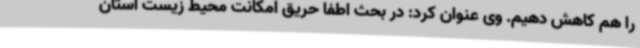
را هم کاهش دهیم. وی عنوان کرد: در بحث اطفا حریق امکانت محیط زیست استان